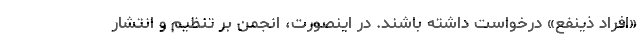
«افراد ذینفع» درخواست داشته باشند. در اینصورت، انجمن بر تنظیم و انتشار